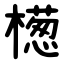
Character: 檧